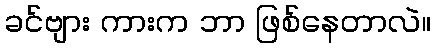
ခင်ဗျား ကားက ဘာ ဖြစ်နေတာလဲ။